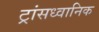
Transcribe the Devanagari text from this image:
ट्रांसध्वानिक